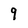
Character: 9